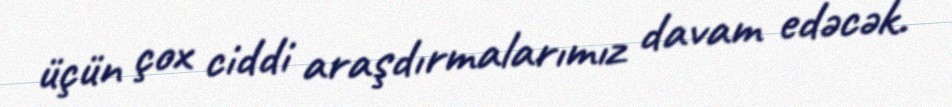
üçün çox ciddi araşdırmalarımız davam edəcək.